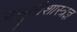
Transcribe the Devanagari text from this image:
प्रसूतीशास्त्रज्ञ